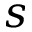
s